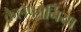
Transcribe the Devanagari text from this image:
कैलेफोर्निया